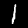
Digit: 1